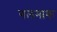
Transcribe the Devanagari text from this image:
गलनाक